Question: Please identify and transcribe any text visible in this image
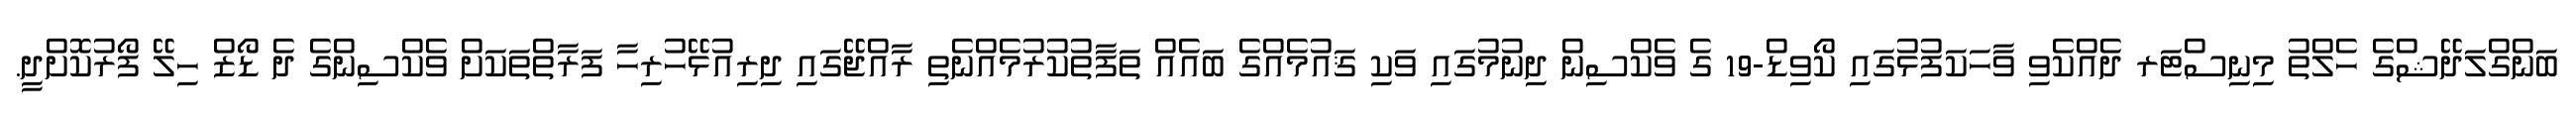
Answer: ބަންގްލަދޭޝްގެ ހެލްތު މިނިސްޓަރ ދެއްކެވި ވާހަކަފުޅުގައި ކޯވިޑް-19 ގެ ވެކްސިން ދިނުމުގައި ވަކި ޤައުމެއްގެ ބައެއް ތަފާތުކުރުމެއްނެތި ރާއްޖޭގައި ދިރިއުޅޭހުރިހާ ފަރާތްތަކަށް ވެކްސިންގެ ދެ ޑޯޒް ހިލޭ ފޯރުކޮށްދީ.